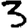
Digit: 3